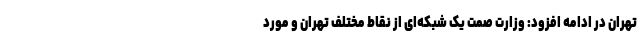
تهران در ادامه افزود: وزارت صمت یک شبکه‌ای از نقاط مختلف تهران و مورد